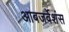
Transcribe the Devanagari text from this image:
आबजर्वेशंस